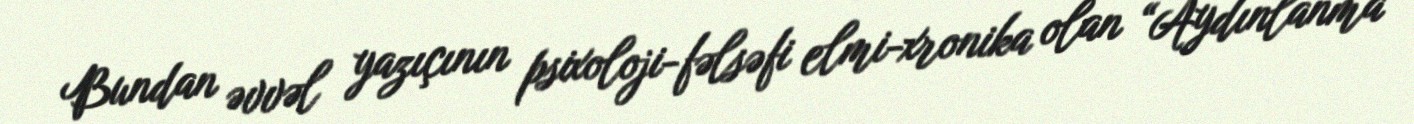
Bundan əvvəl yazıçının psixoloji-fəlsəfi elmi-xronika olan “Aydınlanma